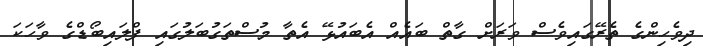
ދިވެހިންގެ ތެރޭގައިވެސް ވަރަށް ގާތް ބައެއް އެބައުޅޭ އެތާ މުސްތަގުބަލުގައި ފްލައިބޯޑްގެ ވާހަކަ